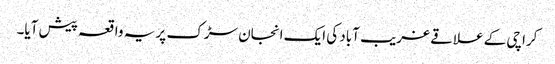
کراچی کے علاقے غریب آباد کی ایک انجان سڑک پر یہ واقعہ پیش آیا۔